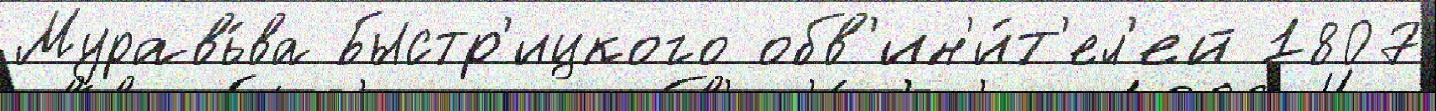
Муравь́ва Быстр'ицкого обв'ин'и́т'ел'ей 1807